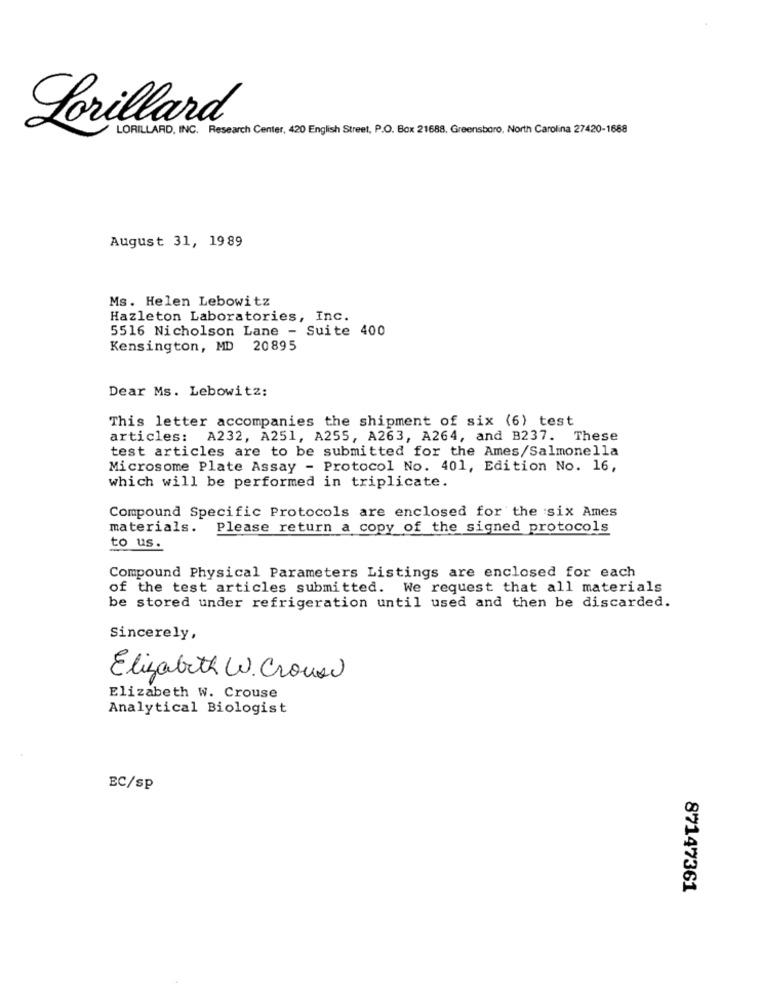
Lorillard
LORILLARD, INC. Research Center, 420 English Street, P.O. Box 21688, Greensboro, North Carolina 27420-1688
August 31, 1989
Ms. Helen Lebowitz
Hazleton Laboratories, Inc.
5516 Nicholson Lane - Suite 400
Kensington, MD 20895
Dear Ms. Lebowitz:
This letter accompanies the shipment of six (6) test
articles: A232, A251, A255, A263, A264, and B237. These
test articles are to be submitted for the Ames/Salmonella
Microsome Plate Assay - Protocol No. 401, Edition No. 16,
which will be performed in triplicate.
Compound Specific Protocols are enclosed for the six Ames
materials.
Please return a copy of the signed protocols
to us.
Compound Physical Parameters Listings are enclosed for each
of the test articles submitted. We request that all materials
be stored under refrigeration until used and then be discarded.
Sincerely,
Elizabeth W. Crous
Elizabeth W. Crouse
Analytical Biologist
EC/sp
87147361